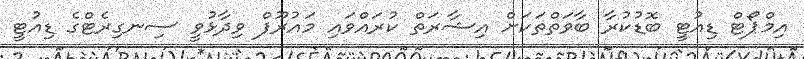
އިމްޕޯޓް ޑިއުޓީ ބޮޑުކުރާ ބާވަތްތަކަށް އިޝާރަތް ކުރައްވައި މައުރޫފް ވިދާޅުވީ ސިނގިރެޓްގެ ޑިއުޓީ